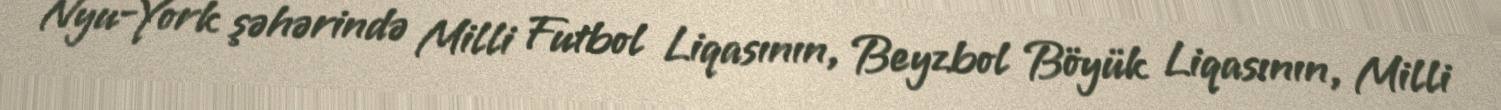
Nyu-York şəhərində Milli Futbol Liqasının, Beyzbol Böyük Liqasının, Milli